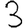
Digit: 3